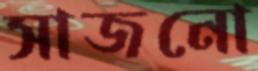
সাজনো